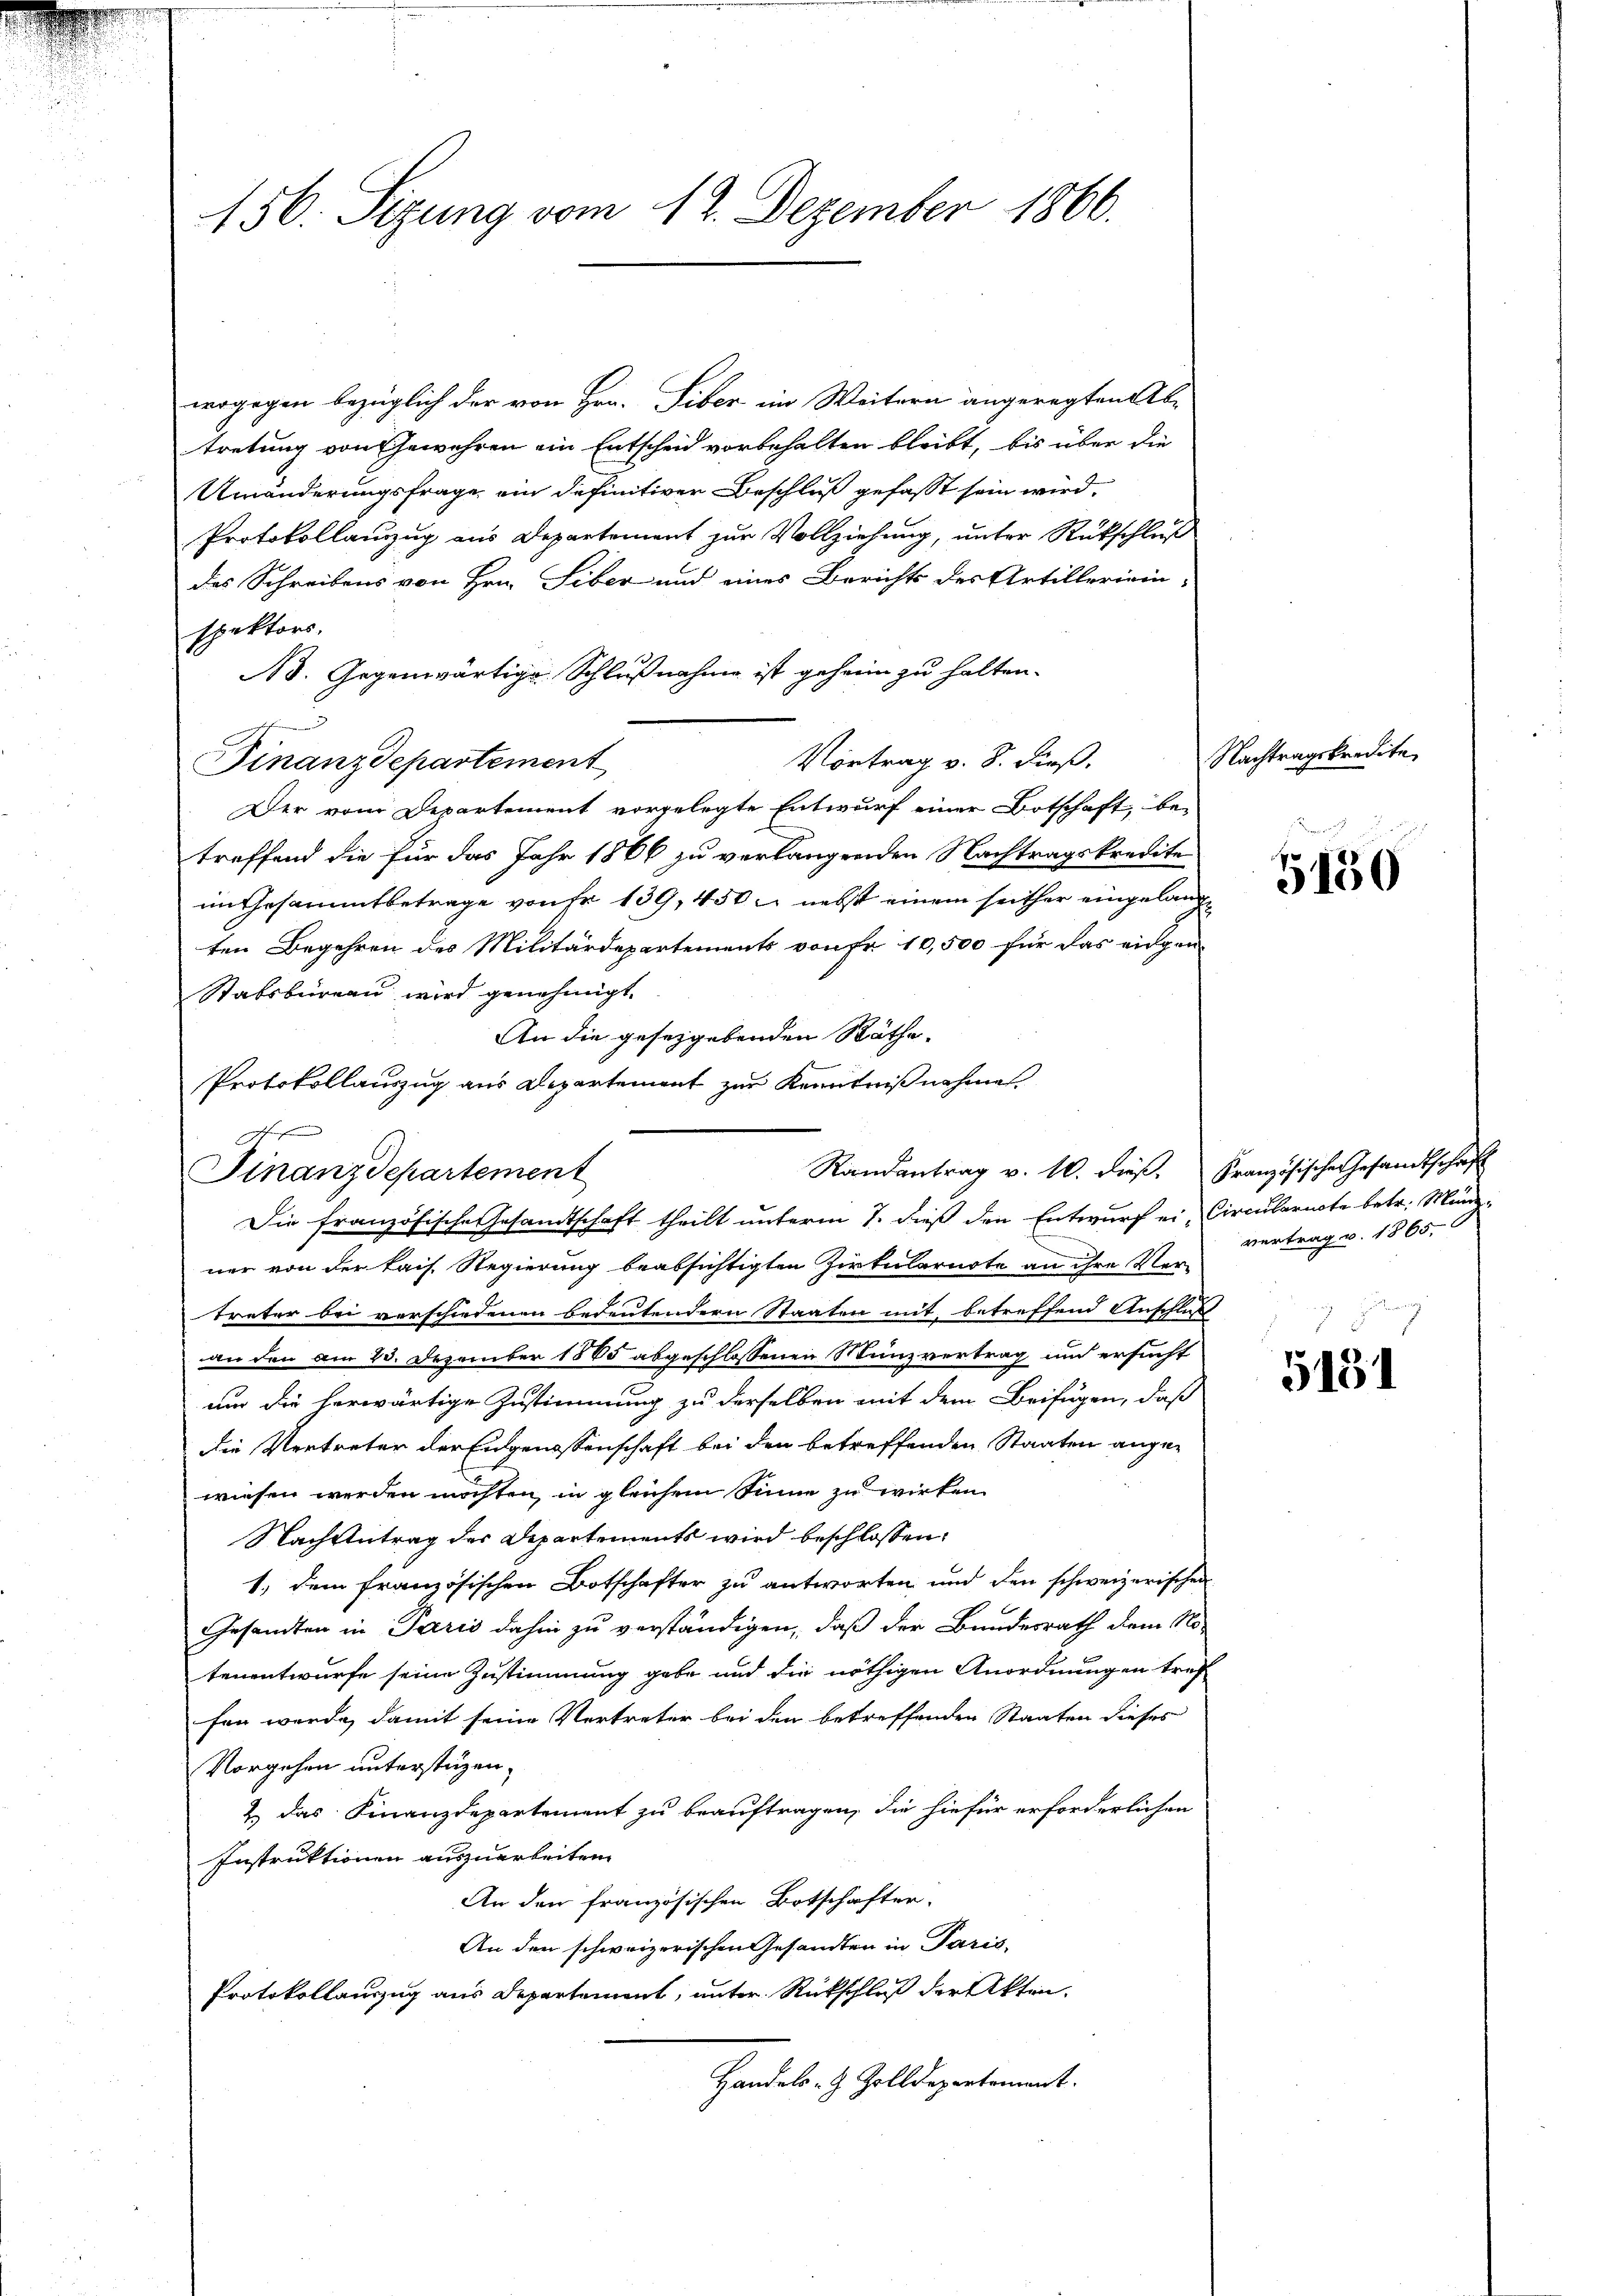
156. Sizung vom 12. Dezember 1866.

wogegen bezüglich der von Hrn. Tiber im Weitern angeregten Ab-
tretung von Gewehren ein Entscheid vorbehalten bleibt, bis über die
Umänderungsfrage ein definitiver Beschluß gefasst sein wird.
Protokollanzŭg aŭs Departement zŭr Vollziehŭng ŭnter Rückschlŭβ
des Schreibens von Hrn. Liber und eines Berichts des Artilleriein-
spektors.
Ns. Gegenwärtige Schlußnahme ist geheim zu halten.
Vortrag v. 8. dieß.
Finanzdepartement
Der vom Departement vorgelegte Entwurf einer Botschaft, be-
treffend die für das Jahr 1866 zu verlangenden Nachtragskredite
im Gesammtbetrage von Fr. 139, 450 nebst einem seither eingelangten Begehren des Militärdepartements von Fr. 10,500 für das eidgen
Stabsbureau wird genehmigt.
An die gesetzgebenden Räthe.
Finanzdepartement
Die französische Gesandtschaft theilt unterm 7. dieß den Entwurf ei-Circularacte betr. Münz-
ner von der kais. Regierung beabsichtigten Zirkularirte an ihre Vertreter bei verschiedenen bedeutendern Staaten mit betreffend Anschlus
an den am 23. Dezember 1865 abgeschlossenen Munzvertrag und ersucht
um die herwärtige Zustimmung zu derselben mit dem Beifügen, daß
die Vertreter der Eidgenossenschaft bei den betreffenden Staaten angewiesen werden möchten, in gleichem Sinne zu wirken
Nach Antrag des Departements wird beschlossen:
1.) Dem französischen Botschafter zu antworten und den schweizerischen
Gesandten in Paris dahin zu verständigen, daß der Bundesrath dem No-
tenentwurfe seine Zustimmung gebe und die nöthigen Anordnungen tref
fen werde, damit seine Vertreter bei den betreffenden Staaten dieses
Vorgehen unterstüzen.
2 das Finanzdepartement zu beauftragen, die hiefür erforderlichen
Instruktionen auszuarbeiten.
An den französischen Botschafter.
An den schweizerischen Gesandten in Paris,
Protokollauszug aus Departement, unter Rückschluß der Akten.
Handels- & Zolldepartement.

Protokollauszug aus Departement zur Kenntnißnahme
Randantrag v. 10. dieß. Französische Gesandtschaft

Nachtragskredite

5130

vertrag v. 1865.

5151